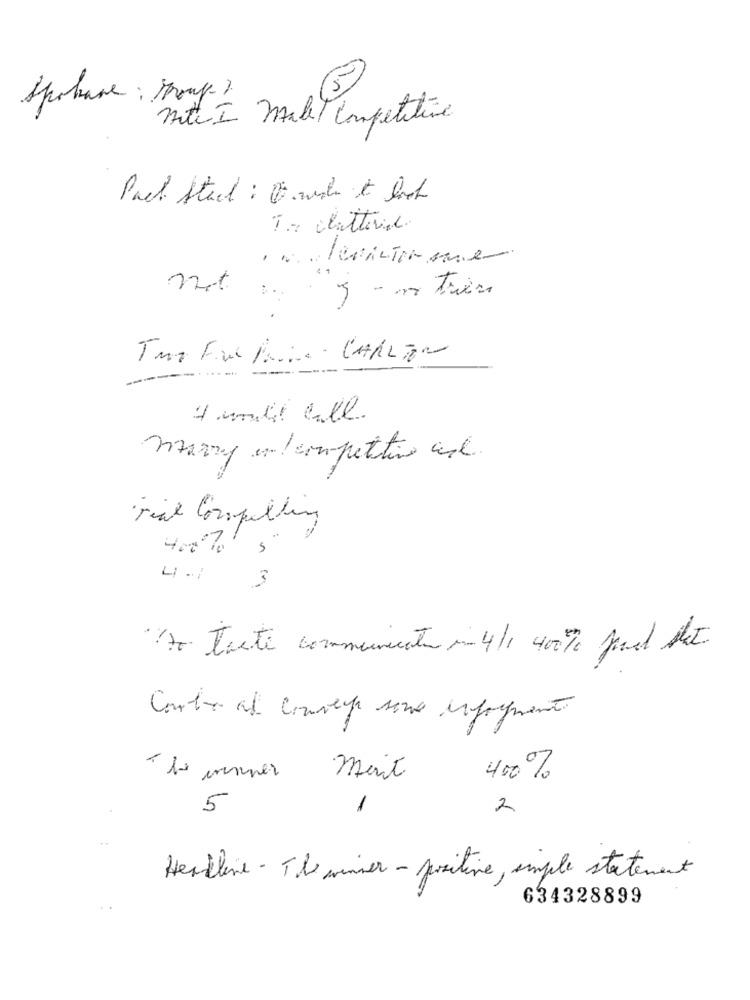
5
Spokane : toup?
With I Make Competitive
Ta abatteria.
y -m trier
Tur Far Prime - CARLTON
4 mili call.
marry en competitivo asl.
rial Compelling
5
4. 3
to Taste communication - 4/1 40% pod dat.
Carte af Convey sono inpayment
-Le unner mait
400%
5
2
Henkline - The winner- positive, simple statement
634328899